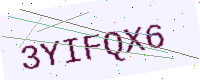
Text: 3YIFQX6